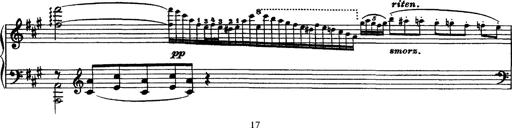
Title: Piano Sonata
Composer: Karl HÃ¤ssler
Key: C major